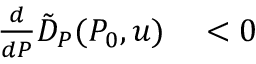
\begin{array} { r l } { \frac { d } { d P } \tilde { D } _ { P } ( P _ { 0 } , u ) } & { { } < 0 } \end{array}